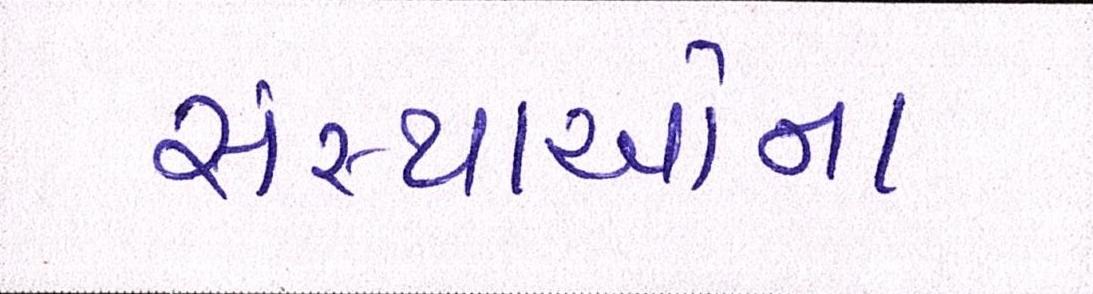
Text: સંસ્થાઓના